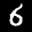
Label: 6